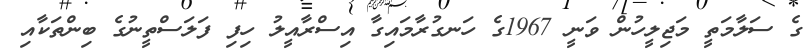
ގެ ސަލާމަތީ މަޖިލީހުން ވަނީ 1967ގެ ހަނގުރާމައިގާ އިސްރާއީލު ހިފި ފަލަސްތީނުގެ ބިންތަކާއި